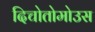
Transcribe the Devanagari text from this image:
दिचोतोमोउस